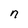
Character: n